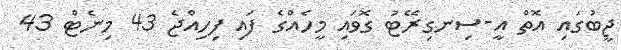
ޖީބުގައި އޮތް އީ-ސިނގިރޭޓު ގޮވައި މީހެއްގެ ފައި ފިހިއްޖެ 43 މިނެޓް 43